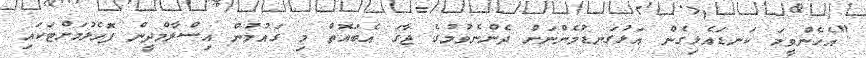
"އެހެންވީމަ ކަނޑައެޅިގެން އަޅުގަނޑުމެންނަށް ދެންނެވުމުގެ ޖާގަ އެބައޮތް މި ގައުމުން އިސްލާމްދީން ފޮހެލުމަށްޓަކައި